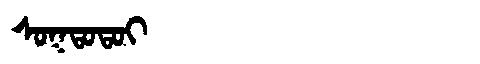
Manchu: ᠰᠣᡴᡨᠣᡨᠣᡳ
Romanization: SOKTOTOI